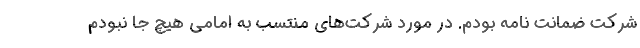
شرکت ضمانت نامه بودم. در مورد شرکت‌های منتسب به امامی هیچ جا نبودم